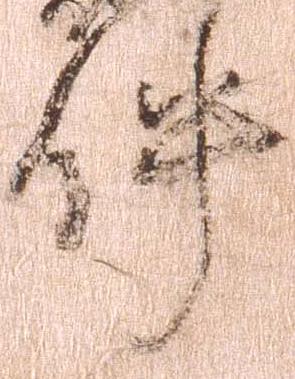
件